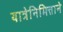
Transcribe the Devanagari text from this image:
यात्रेनिमित्ताने